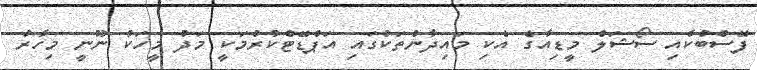
ފޭސްބުކާއި ސޯޝަލް މީޑިއާގެ އެކި މައިދާންތަކުގައި އަޕްޑޭޓްކުރުމަކީ މަދު މީހަކު ނޫނީ މިހާރު